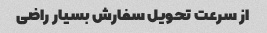
از سرعت تحویل سفارش بسیار راضی